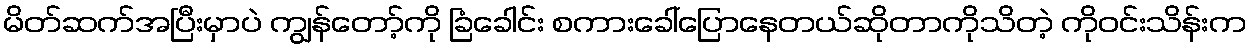
မိတ်ဆက်အပြီးမှာပဲ ကျွန်တော့်ကို ခြံခေါင်း စကားခေါ်ပြောနေတယ်ဆိုတာကိုသိတဲ့ ကိုဝင်းသိန်းက